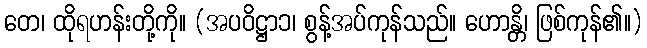
တေ၊ ထိုရဟန်းတို့ကို။ (အပဝိဋ္ဌာ၁၊ စွန့်အပ်ကုန်သည်။ ဟောန္တိ၊ ဖြစ်ကုန်၏။)